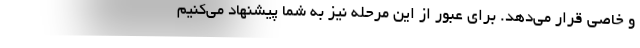
و خاصی قرار می‌دهد. برای عبور از این مرحله نیز به شما پیشنهاد می‌کنیم